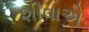
શીવાએ